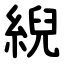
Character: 䋩